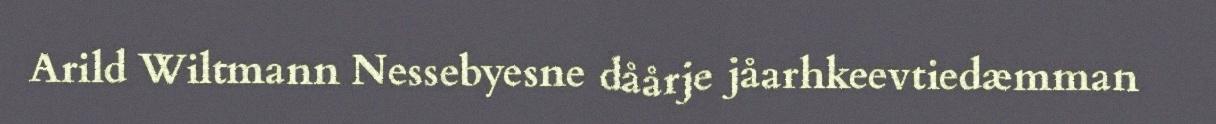
Arild Wiltmann Nessebyesne dåårje jåarhkeevtiedæmman